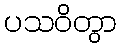
ပသဝိတွာ